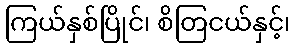
ကြယ်နှစ်ပြိုင်၊ စိတြငယ်နှင့်၊